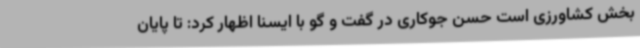
بخش کشاورزی است حسن جوکاری در گفت و گو با ایسنا اظهار کرد: تا پایان